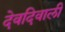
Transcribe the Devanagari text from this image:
देवदिवाली